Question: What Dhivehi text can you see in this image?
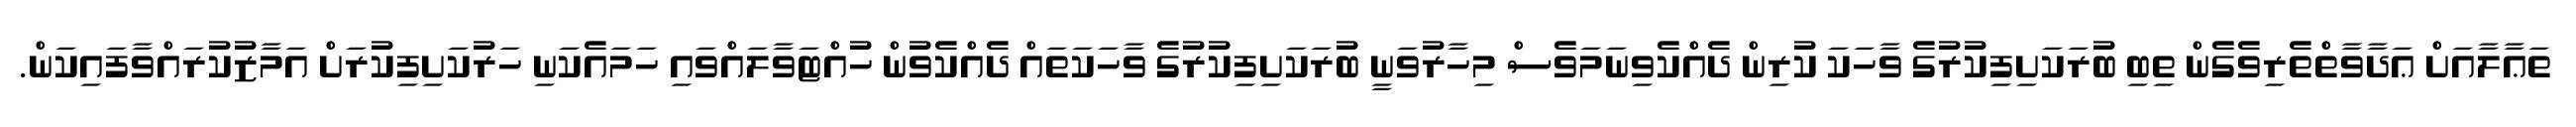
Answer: ތަޢާލާއަށް ޢަދާވާތްތެރިވެގެން ތިބި ބުރަކަށިފިކުރުގެ ވާހަކަ ކުރިން ދެއްކެވިނަމަވެސް މިހާރުވަނީ ބުރަކަށިފިކުރުގެ ވާހަކަތައް ދެއްކެވުން ހުއްޓަވާލައްވައި ހަމައެކަނި ހަރުކަށިފިކުރަށް އަމާޒުކުރައްވާފައިކަން.